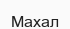
Махал